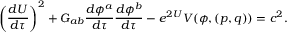
\left( { \frac { d U } { d \tau } } \right) ^ { 2 } + G _ { a b } { \frac { d \phi ^ { a } } { d \tau } } { \frac { d \phi ^ { b } } { d \tau } } - e ^ { 2 U } V ( \phi , ( p , q ) ) = c ^ { 2 } .